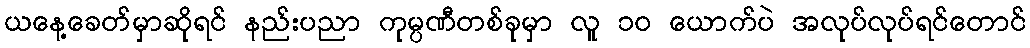
ယနေ့ခေတ်မှာဆိုရင် နည်းပညာ ကုမ္ပဏီတစ်ခုမှာ လူ ၁၀ ယောက်ပဲ အလုပ်လုပ်ရင်တောင်